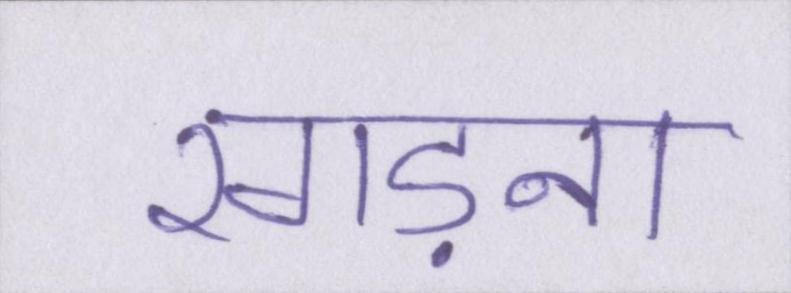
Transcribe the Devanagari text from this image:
रगड़ना